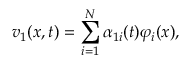
v _ { 1 } ( x , t ) = \sum _ { i = 1 } ^ { N } \alpha _ { 1 i } ( t ) \varphi _ { i } ( x ) ,